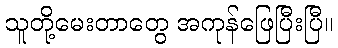
သူတို့မေးတာတွေ အကုန်ဖြေပြီးပြီ။